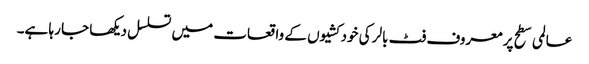
عالمی سطح پر معروف فٹ بالر کی خودکشیوں کے واقعات میں تسلسل دیکھا جا رہا ہے۔